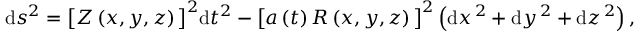
\begin{array} { r } { \begin{array} { r c l } { \displaystyle \mathrm { d } s ^ { 2 } = \big [ Z \left( x , y , z \right) \big ] ^ { 2 } \mathrm { d } t ^ { 2 } - \big [ a \left( t \right) R \left( x , y , z \right) \big ] ^ { 2 } \left( \mathrm { d } x ^ { \, 2 } + \mathrm { d } y ^ { \, 2 } + \mathrm { d } z ^ { \, 2 } \right) , } \end{array} } \end{array}